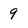
Character: 9